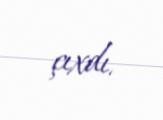
çıxdı.